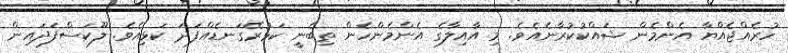
ހުރެއްޖެއްޔާ އެންމެން ޝައްކުކުރާނެއެވެ. މި އާއިލާގެ އެންމެންހެން ތިބެނީ ކަޅުރޭގަނޑެއްފަދަ ކަޅިއެވެ. ލޫކަސްފަދައިން